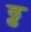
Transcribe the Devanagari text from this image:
ढ्ढ